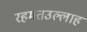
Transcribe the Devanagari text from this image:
रहमतउल्लाह